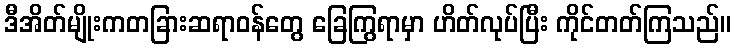
ဒီအိတ်မျိုးကတခြားဆရာဝန်တွေ ခြေကြွရာမှာ ဟိတ်လုပ်ပြီး ကိုင်တတ်ကြသည်။